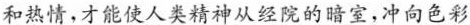
和热情，才能使人类精神从经院的暗室，冲向色彩